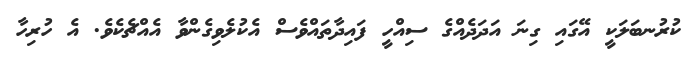
ކުރުނބަލަކީ އޭގައި ގިނަ އަދަދެއްގެ ސިއްހީ ފައިދާތައްވެސް އެކުލެވިގެންވާ އެއްޗެކެވެ. އެ ހުރިހާ